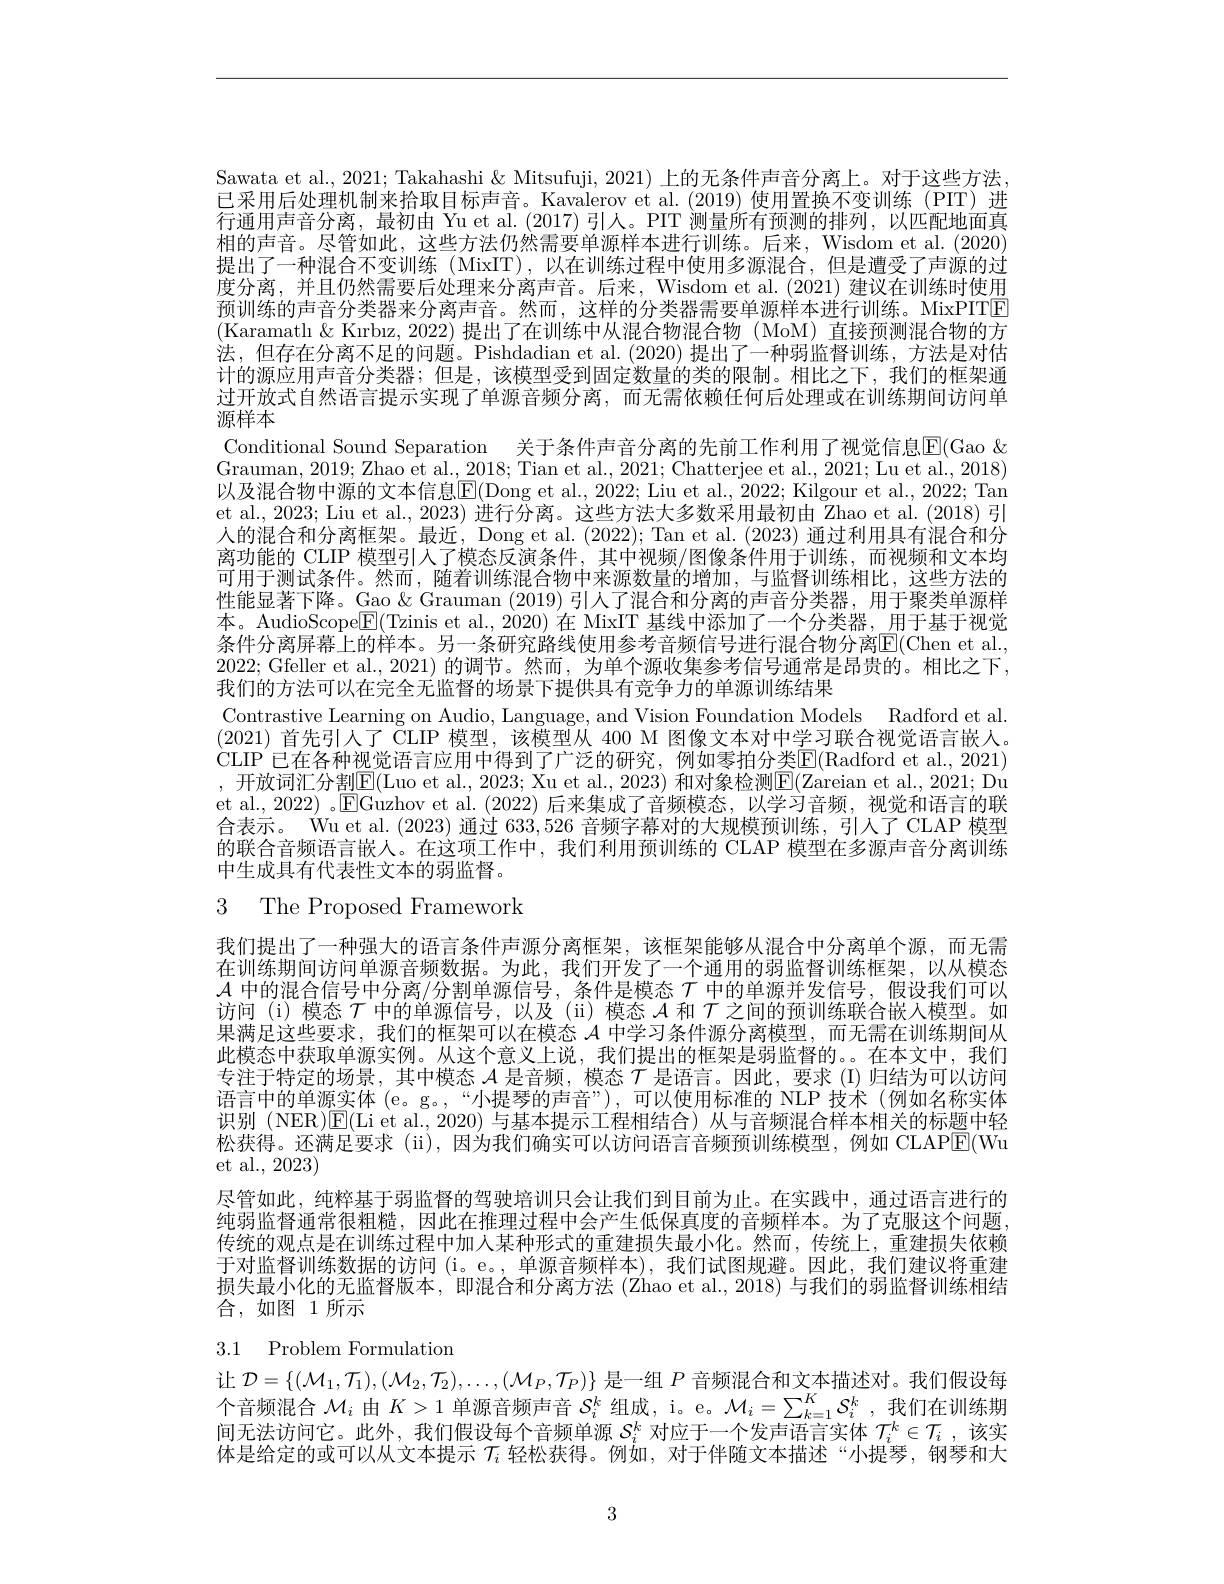
过开放式自然语言提示实现了单源音频分离，而无需依赖任何后处理或在训练期间访问单
源样本

Sawata et al., 2021; Takahashi & Mitsufuji, 2021) 上的无条件声音分离上。对于这些方法， 已采用后处理机制来拾取目标声音。Kavalerov et al.(2019)使用置换不变训练(PIT)进行通用声音分离，最初由 Yu et al.(2017)引人。PIT 测量所有预测的排列，以匹配地面真相的声音。尽管如此，这些方法仍然需要单源样本进行训练。后来，Wisdom et al. (2020) 提出了一种混合不变训练 (MixIT),以在训练过程中使用多源混合，但是遭受了声源的过度分离，并且仍然需要后处理来分离声音。后来，Wisdom et al.(2021) 建议在训练时使用预训练的声音分类器来分离声音。然而，这样的分类器需要单源样本进行训练。MixPITE (Karamatl $\&$ Kırbız, 2022) 提出了在训练中从混合物混合物 (MoM) 直接预测混合物的方法，但存在分离不足的问题。Pishdadian et al.(2020) 提出了一种弱监督训练，方法是对估计的源应用声音分类器；但是，该模型受到固定数量的类的限制。相比之下，我们的框架通Conditional Sound Separation 关于条件声音分离的先前工作利用了视觉信息E(Gao & Grauman, 2019; Zhao et al., 2018; Tian et al., 2021; Chatterjee et al., 2021; Lu et al., 2018) 以及混合物中源的文本信息$\boxed{\mathrm{E}}($Dong et al., 2022; Liu et al., 2022; Kilgour et al., 2022; Tan et al., 2023; Liu et al., 2023) 进行分离。这些方法大多数采用最初由 Zhao et al. (2018) 引人的混合和分离框架。最近，Dong et al. (2022); Tan et al. (2023) 通过利用具有混合和分离功能的 CLIP 模型引人了模态反演条件，其中视频/图像条件用于训练，而视频和文本均可用于测试条件。然而，随着训练混合物中来源数量的增加，与监督训练相比，这些方法的性能显著下降。Gao & Grauman (2019) 引人了混合和分离的声音分类器，用于聚类单源样本。AudioScope$\mathbb{E}($Tzinis et al., 2020) 在 MixIT 基线中添加了一个分类器，用于基于视觉条件分离屏幕上的样本。另一条研究路线使用参考音频信号进行混合物分离E(Chen et al., 2022; Gfeller et al., 2021) 的调节。然而，为单个源收集参考信号通常是昂贵的。相比之下， 我们的方法可以在完全无监督的场景下提供具有竞争力的单源训练结果
Contrastive Learning on Audio, Language, and Vision Foundation Models Radford et al. (2021)首先引人了 CLIP 模型，该模型从 400 M 图像文本对中学习联合视觉语言嵌人。CLIP 已在各种视觉语言应用中得到了广泛的研究，例如零拍分类$\overline{\mathrm{E}}($Radford et al., 2021) $,开放词汇分割$\overline\mathbb{E}($Luo et al., 2023; Xu et al., 2023) $和对象检测$\mathbb{E}($Zareian et al., 2021; Du et al., 2022) 。$\boxed{\mathrm{EGuzhov~et~al.~(2022)~}}$后来集成了音频模态，以学习音频，视觉和语言的联合表示。Wu et al. (2023)通过633，526音频字幕对的大规模预训练，引人了 CLAP 模型的联合音频语言嵌人。在这项工作中，我们利用预训练的 CLAP 模型在多源声音分离训练中生成具有代表性文本的弱监督。
3 The Proposed Framework

我们提出了一种强大的语言条件声源分离框架，该框架能够从混合中分离单个源，而无需在训练期间访问单源音频数据。为此，我们开发了一个通用的弱监督训练框架，以从模态$\mathcal{A}$中的混合信号中分离/分割单源信号，条件是模态$\mathcal{T}$中的单源并发信号，假设我们可以访问 (i) 模态$\mathcal{T}$中的单源信号，以及 (ii) 模态$\mathcal{A}$和$\tau$之间的预训练联合嵌入模型。如果满足这些要求，我们的框架可以在模态$\mathcal{A}$中学习条件源分离模型，而无需在训练期间从此模态中获取单源实例。从这个意义上说，我们提出的框架是弱监督的。。在本文中，我们专注于特定的场景，其中模态$\mathcal{A}$是音频，模态$\mathcal{T}$是语言。因此，要求 (I)归结为可以访问语言中的单源实体(e。g。,“小提琴的声音”),可以使用标准的 NLP 技术 (例如名称实体识别 (NER)E(Li et al., 2020)与基本提示工程相结合)从与音频混合样本相关的标题中轻松获得。还满足要求 (ii), 因为我们确实可以访问语言音频预训练模型，例如 CLAP$\overline{\mathrm{E}}($Wu et al., 2023)
尽管如此，纯粹基于弱监督的驾驶培训只会让我们到目前为止。在实践中，通过语言进行的纯弱监督通常很粗糙，因此在推理过程中会产生低保真度的音频样本。为了克服这个问题， 传统的观点是在训练过程中加人某种形式的重建损失最小化。然而，传统上，重建损失依赖于对监督训练数据的访问 (i。e。,单源音频样本),我们试图规避。因此，我们建议将重建损失最小化的无监督版本，即混合和分离方法 (Zhao et al., 2018) 与我们的弱监督训练相结合，如图 1所示

# 3.1 Problem Formulation

让$\mathcal{D}=\{(\mathcal{M}_1,\mathcal{T}_1),(\mathcal{M}_2,\mathcal{T}_2),\ldots,(\mathcal{M}_P,\mathcal{T}_P)\}$是一组$P$音频混合和文本描述对。我们假设每个音频混合$\mathcal{M}_i$由$K>1$单源音频声音$S_i^k$组成，i。e。$\mathcal{M}_i=\sum_{k=1}^KS_i^k$ ,我们在训练期间无法访问它。此外，我们假设每个音频单源$S_i^k$对应于一个发声语言实体$\mathcal{T} _i^k\in \mathcal{T} _i$ , 该实体是给定的或可以从文本提示$T_i$轻松获得。例如，对于伴随文本描述“小提琴，钢琴和大

3